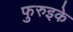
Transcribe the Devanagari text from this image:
फुरुइके